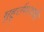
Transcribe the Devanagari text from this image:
मुहूर्तभरपर्यंत